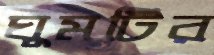
ঘুমটির